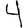
Digit: 4